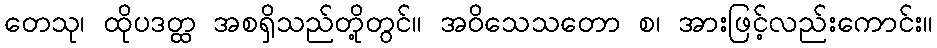
တေသု၊ ထိုပဒတ္ထ အစရှိသည်တို့တွင်။ အဝိသေသတော စ၊ အားဖြင့်လည်းကောင်း။